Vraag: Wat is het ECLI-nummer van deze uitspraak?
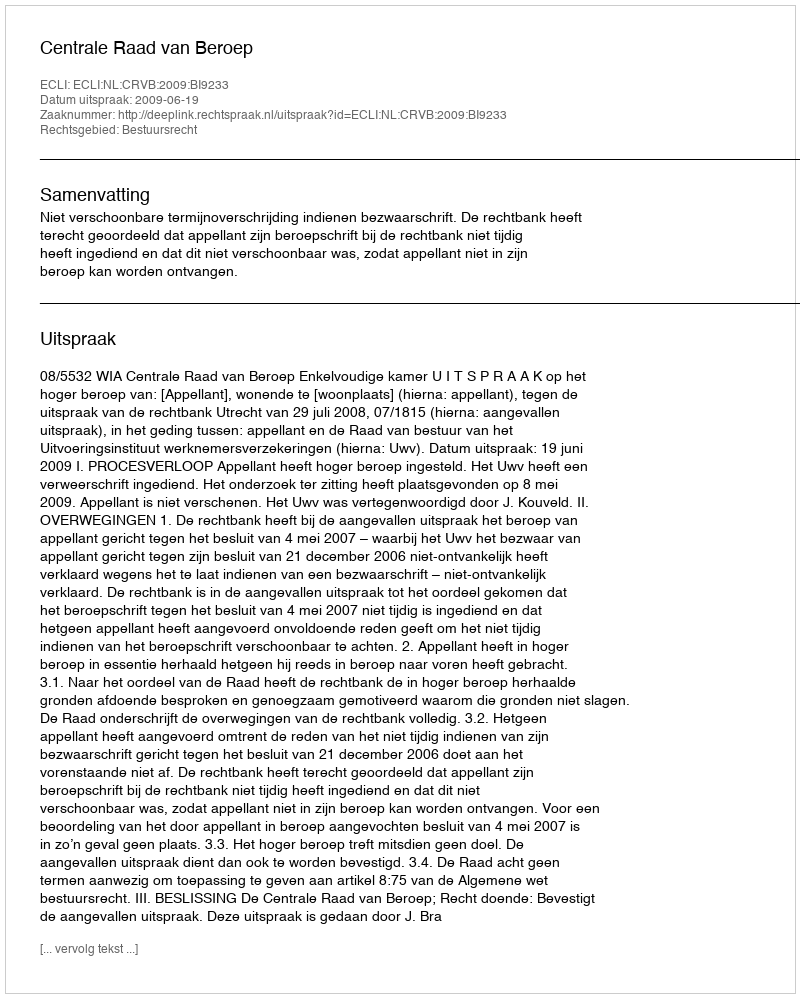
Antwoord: ECLI:NL:CRVB:2009:BI9233